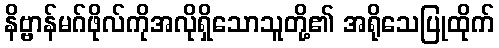
နိဗ္ဗာန်မဂ်ဖိုလ်ကိုအလိုရှိသောသူတို့၏ အရိုသေပြုထိုက်